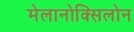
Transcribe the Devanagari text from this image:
मेलानोक्सिलोन